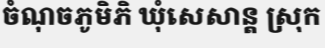
ចំណុចភូមិភិ ឃុំសេសាន្ត ស្រុក